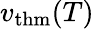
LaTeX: v_{\mathrm{thm}}(T)